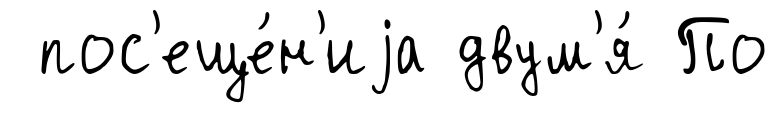
пос'еще́н'иjа двум'я́ По